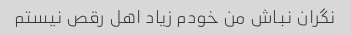
نگران نباش من خودم زیاد اهل رقص نیستم